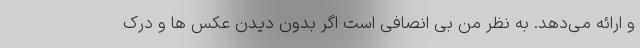
و ارائه می‌دهد. به نظر من بی انصافی است اگر بدون دیدن عکس ها و درک